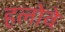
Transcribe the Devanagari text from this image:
हलोवे